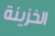
الخزينة